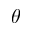
\theta